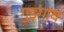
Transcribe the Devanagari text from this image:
गुड्गांव